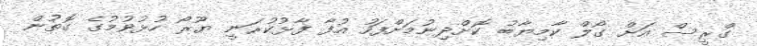
ގްރީސް އަށް ގޯލް ކާމިޔާބު ކޮށްދިނުމަށްފަހު އުފާ ފާޅުކުރަނީ ޔޫރޯ ހުޅުވުމުގެ ގޮތުން